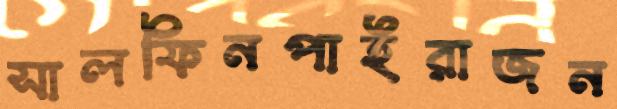
সালফিনপাইরাজন